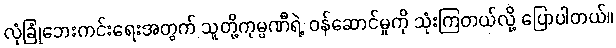
လုံခြုံဘေးကင်းရေးအတွက် သူတို့ကုမ္ပဏီရဲ့ ဝန်ဆောင်မှုကို သုံးကြတယ်လို့ ပြောပါတယ်။